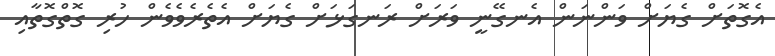
އެގޮތަށް ގެޔަށް ވަންނަން އެނގޭނީ ވަރަށް ރަނގަޅަށް ގެޔަށް އެތެރެވެވެން ހުރި ގޮތްގޮތާއި